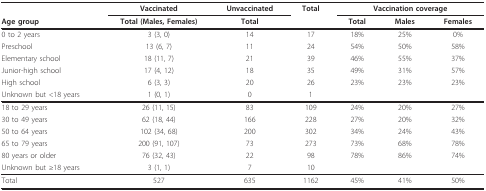
<table><thead><tr><td></td><td><b>Vaccinated</b></td><td><b>Unvaccinated</b></td><td><b>Total</b></td><td colspan="3"><b>Vaccination coverage</b></td></tr><tr><td><b>Age group</b></td><td><b>Total (Males, Females)</b></td><td><b>Total</b></td><td></td><td><b>Total</b></td><td><b>Males</b></td><td><b>Females</b></td></tr></thead><tbody><tr><td>0 to 2 years</td><td>3 (3, 0)</td><td>14</td><td>17</td><td>18%</td><td>25%</td><td>0%</td></tr><tr><td>Preschool</td><td>13 (6, 7)</td><td>11</td><td>24</td><td>54%</td><td>50%</td><td>58%</td></tr><tr><td>Elementary school</td><td>18 (11, 7)</td><td>21</td><td>39</td><td>46%</td><td>55%</td><td>37%</td></tr><tr><td>Junior-high school</td><td>17 (4, 12)</td><td>18</td><td>35</td><td>49%</td><td>31%</td><td>57%</td></tr><tr><td>High school</td><td>6 (3, 3)</td><td>20</td><td>26</td><td>23%</td><td>23%</td><td>23%</td></tr><tr><td>Unknown but &lt;18 years</td><td>1 (0, 1)</td><td>0</td><td>1</td><td></td><td></td><td></td></tr><tr><td>18 to 29 years</td><td>26 (11, 15)</td><td>83</td><td>109</td><td>24%</td><td>20%</td><td>27%</td></tr><tr><td>30 to 49 years</td><td>62 (18, 44)</td><td>166</td><td>228</td><td>27%</td><td>20%</td><td>32%</td></tr><tr><td>50 to 64 years</td><td>102 (34, 68)</td><td>200</td><td>302</td><td>34%</td><td>24%</td><td>43%</td></tr><tr><td>65 to 79 years</td><td>200 (91, 107)</td><td>73</td><td>273</td><td>73%</td><td>68%</td><td>78%</td></tr><tr><td>80 years or older</td><td>76 (32, 43)</td><td>22</td><td>98</td><td>78%</td><td>86%</td><td>74%</td></tr><tr><td>Unknown but ≥18 years</td><td>3 (1, 1)</td><td>7</td><td>10</td><td></td><td></td><td></td></tr><tr><td>Total</td><td>527</td><td>635</td><td>1162</td><td>45%</td><td>41%</td><td>50%</td></tr></tbody></table>